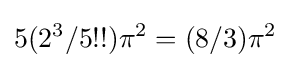
5(2^{3}/5!!)\pi ^{2}=(8/3)\pi ^{2}